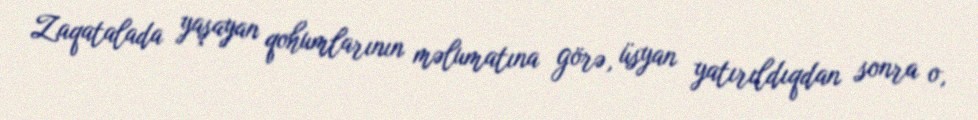
Zaqatalada yaşayan qohumlarının məlumatına görə, üsyan yatırıldıqdan sonra o,